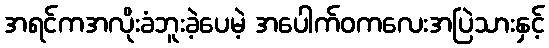
အရင်ကအလိုးခံဘူးခဲ့ပေမဲ့ အပေါက်ဝကလေးအပြဲသားနှင့်